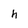
Character: h